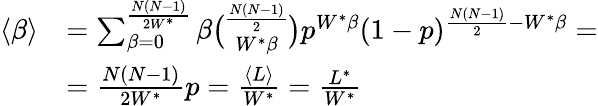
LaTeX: \begin{array}{rl}{\langle\beta\rangle}&{=\sum_{\beta=0}^{\frac{N(N-1)}{2W^{*}}}\beta\binom{\frac{N(N-1)}{2}}{W^{*}\beta}p^{W^{*}\beta}(1-p)^{\frac{N(N-1)}{2}-W^{*}\beta}=}\\ &{=\frac{N(N-1)}{2W^{*}}p=\frac{\langle L\rangle}{W^{*}}=\frac{L^{*}}{W^{*}}}\end{array}